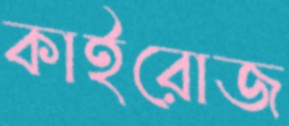
কাইরোজ